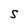
Character: S